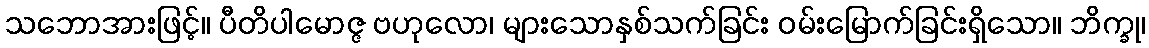
သဘောအားဖြင့်။ ပီတိပါမောဇ္ဇ ဗဟုလော၊ များသောနှစ်သက်ခြင်း ဝမ်းမြောက်ခြင်းရှိသော။ ဘိက္ခု၊